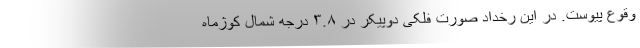
وقوع پیوست. در این رخداد صورت فلکی دوپیکر در ۳.۸ درجه شمال کوژماه